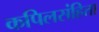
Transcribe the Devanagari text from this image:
कपिलसंहिता